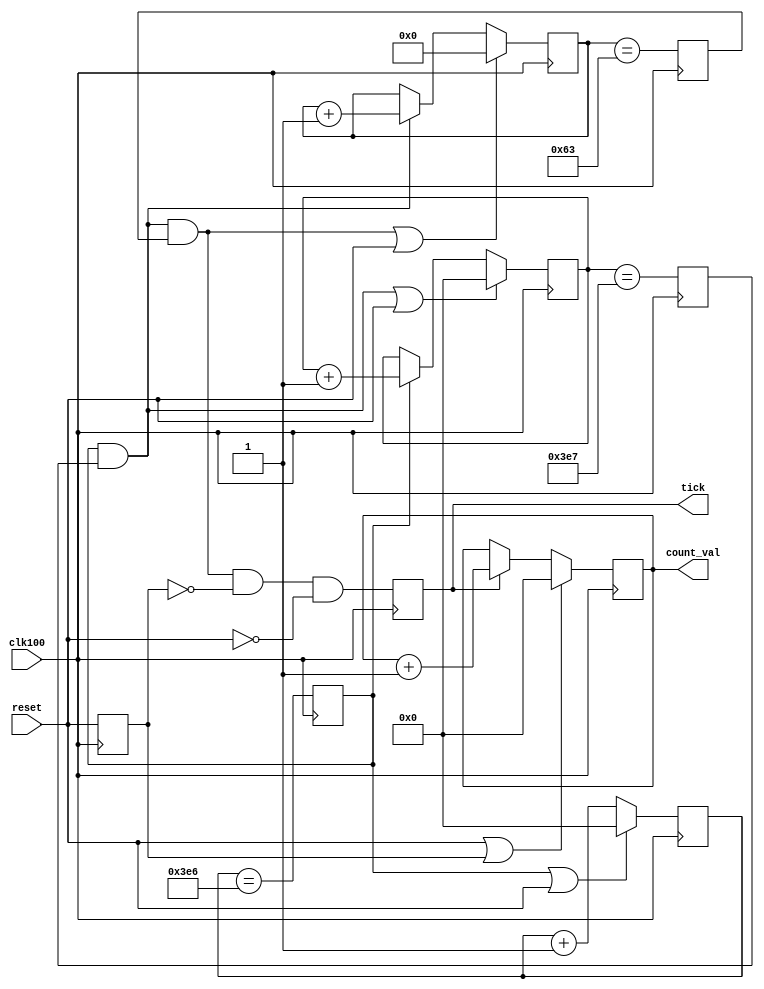
// Copyright 2007 Altera Corporation. All rights reserved.  
// Altera products are protected under numerous U.S. and foreign patents, 
// maskwork rights, copyrights and other intellectual property laws.  
//
// This reference design file, and your use thereof, is subject to and governed
// by the terms and conditions of the applicable Altera Reference Design 
// License Agreement (either as signed by you or found at www.altera.com).  By
// using this reference design file, you indicate your acceptance of such terms
// and conditions between you and Altera Corporation.  In the event that you do
// not agree with such terms and conditions, you may not use the reference 
// design file and please promptly destroy any copies you have made.
//
// This reference design file is being provided on an "as-is" basis and as an 
// accommodation and therefore all warranties, representations or guarantees of 
// any kind (whether express, implied or statutory) including, without 
// limitation, warranties of merchantability, non-infringement, or fitness for
// a particular purpose, are specifically disclaimed.  By making this reference
// design file available, Altera expressly does not recommend, suggest or 
// require that this reference design file be used in combination with any 
// other product not provided by Altera.
/////////////////////////////////////////////////////////////////////////////

// baeckler - 06-12-2007

module seconds_counter (clk100,reset,count_val,tick);

parameter WIDTH = 10;

input clk100,reset;
output [WIDTH-1:0] count_val;
output tick;

// divide by 1000
reg [9:0] div_one;
reg div_one_max;

always @(posedge clk100) begin
	div_one_max <= (div_one == 10'd998);
	if (div_one_max | reset) div_one <= 10'd0;
	else div_one <= div_one + 1'b1;
end

// divide by 1000
reg [9:0] div_two;
reg div_two_max;

always @(posedge clk100) begin
	div_two_max <= (div_two == 10'd999);
	if ((div_one_max & div_two_max) | reset) div_two <= 10'd0;
	else if (div_one_max) div_two <= div_two + 1'b1;	
end

// divide by 100
reg [6:0] div_three;
reg div_three_max;

always @(posedge clk100) begin
	div_three_max <= (div_three == 7'd99);
	if ((div_one_max & div_two_max & div_three_max) | reset) div_three <= 10'd0;
	else if (div_one_max & div_two_max) div_three <= div_three + 1'b1;		
end

// tally seconds
reg tick, reset_pending;
reg [WIDTH-1:0] count_val;
always @(posedge clk100) begin
	reset_pending <= reset;
	tick <= div_one_max & div_two_max & div_three_max & !reset_pending & !reset;
	
	if (reset | reset_pending) begin
		count_val <= 0;
	end
	else if (tick) begin
		count_val <= count_val + 1'b1;
	end
end

endmodule